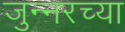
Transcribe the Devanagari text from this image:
जुन्‍नरच्या